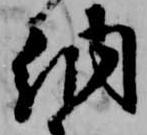
納